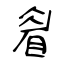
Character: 睂